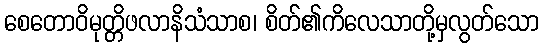
စေတောဝိမုတ္တိဖလာနိသံသာစ၊ စိတ်၏ကိလေသာတို့မှလွတ်သော